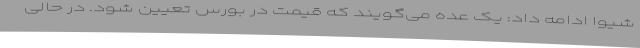
شیوا ادامه داد: یک عده می‌گویند که قیمت در بورس تعیین شود. در حالی